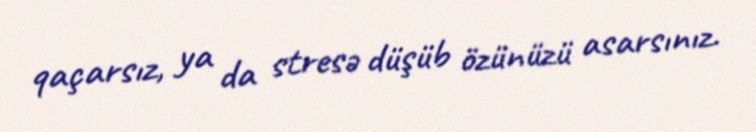
qaçarsız, ya da stresə düşüb özünüzü asarsınız.